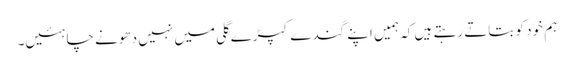
ہم خود کو بتاتے رہتے ہیں کہ ہمیں اپنے گندے کپڑے گلی میں نہیں دھونے چاہئیں۔